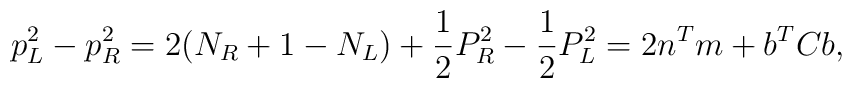
p_{L}^{2} - p_{R}^{2}= 2(N_{R} + 1 - N_{L}) + \frac{1}{2} P_{R}^{2} -\frac{1}{2} P_{L}^{2}=2 n^{T} m + b^{T} C b,